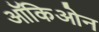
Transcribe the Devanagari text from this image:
ऑकिओन